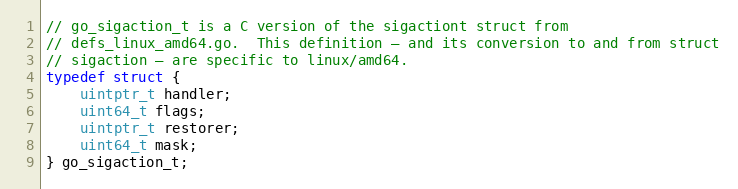
Language: C
// go_sigaction_t is a C version of the sigactiont struct from
// defs_linux_amd64.go.  This definition — and its conversion to and from struct
// sigaction — are specific to linux/amd64.
typedef struct {
	uintptr_t handler;
	uint64_t flags;
	uintptr_t restorer;
	uint64_t mask;
} go_sigaction_t;